Annual administration report of the Civil Veterinary Department, Ajmere-Merwara, British Rajputana - 1914-1940
Year: 1914
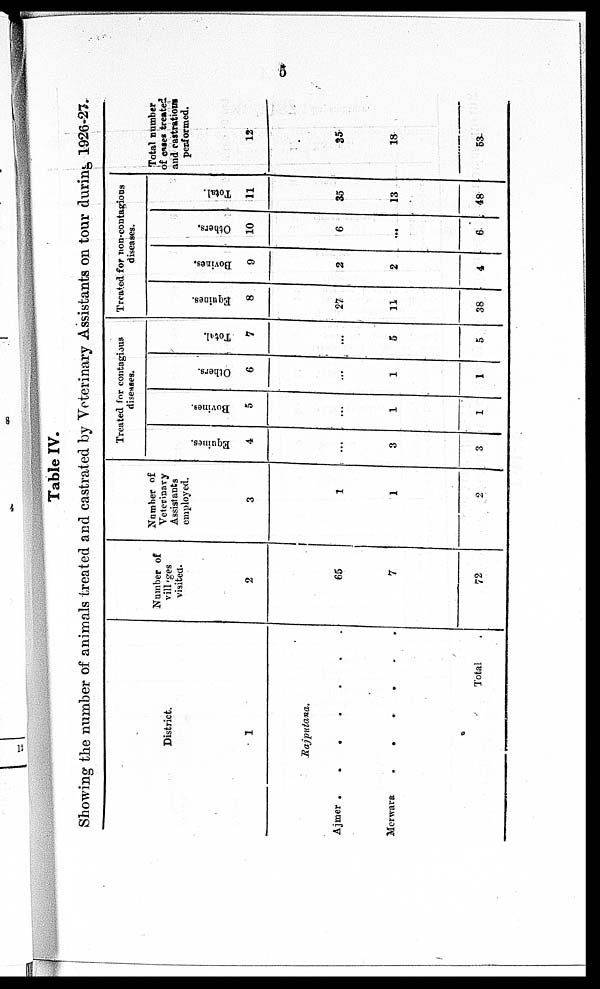
5
Table IV.
Showing the number of animals treated and castrated by Veterinary Assistants on tour during 1926-27.
District.
1
Rajputana.
Ajmer
.
. . . . . .
Merwara . . . . . .
Total
Number of
villages
visited.
2
65
7
72
Number of
Veterinary
Assistants
employed.
3
1
1
2
Treated tor contagious
diseases.
Equines.
4
...
3
3
Bovines.
5
...
1
1
Others.
6
...
1
1
Total.
7
...
5
5
Treated for non-contagions
diseases.
Equines.
8
27
11
38
Bovines.
9
2
2
4
Others.
10
6
...
6
Total.
11
35
13
48
Total number
of cases treated
and castration
performed.
12
35
18
53